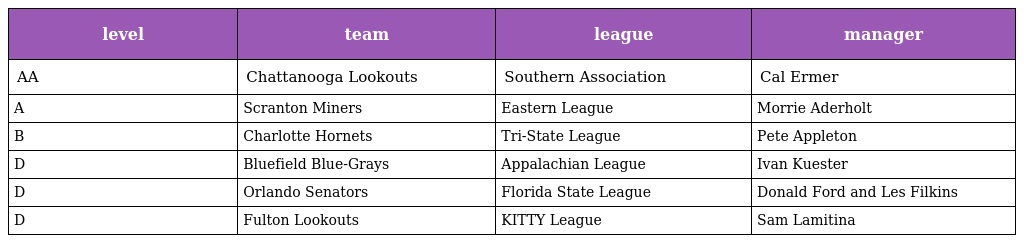
| level | team | league | manager |
 | --- | --- | --- | --- |
 | AA | Chattanooga Lookouts | Southern Association | Cal Ermer |
 | A | Scranton Miners | Eastern League | Morrie Aderholt |
 | B | Charlotte Hornets | Tri-State League | Pete Appleton |
 | D | Bluefield Blue-Grays | Appalachian League | Ivan Kuester |
 | D | Orlando Senators | Florida State League | Donald Ford and Les Filkins |
 | D | Fulton Lookouts | KITTY League | Sam Lamitina |